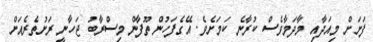
ފަށަށް މިއަދާއި މާދަމާވެސް ކުރާނެ ކަމަށެވެ. އޭގެފަހުން ތޫފާން މިސްރާބު ޖަހާނީ ރަށުތެރެއަށް